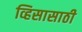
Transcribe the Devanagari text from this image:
व्हिसासाठी